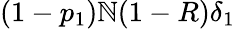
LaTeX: (1-p_{1})\mathbb{N}(1-R)\delta_{1}